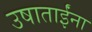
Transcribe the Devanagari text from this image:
उषाताईंना